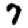
Digit: 7